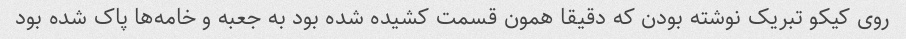
روی کیکو تبریک نوشته بودن که دقیقا همون قسمت کشیده شده بود به جعبه و خامه‌ها پاک شده بود